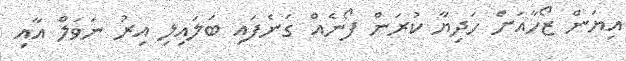
އިޔަން ޒޯހާއަށް ހަދިޔާ ކުރަން ފޯނެއް ގަނެފައި ބަލައިލި އިރު ނަވަލް އާއި